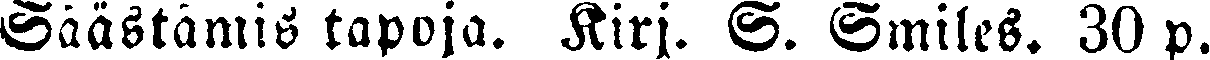
Säastämis tapoja. Kirj. S. Smiles. 30 p.